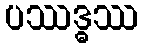
ပဿဒ္ဓဿ